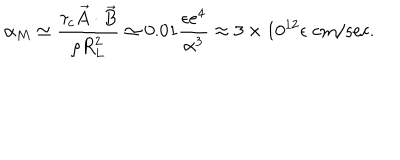
LaTeX: \alpha _ { M } \simeq \frac { \tau _ { c } \vec { A } \cdot \vec { B } } { \rho R _ { L } ^ { 2 } } \simeq 0 . 0 1 \frac { \epsilon e ^ { 4 } } { \alpha ^ { 3 } } \approx 3 \times 1 0 ^ { 1 2 } \epsilon \; \mathrm { c m / s e c } .